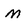
Character: m